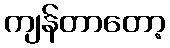
ကျန်တာတော့